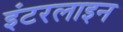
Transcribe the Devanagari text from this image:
इंटरलाइन